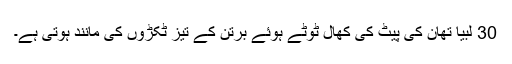
30 لبیا تھان کی پیٹ کی کھال ٹوٹے ہوئے برتن کے تیز ٹکڑوں کی مانند ہوتی ہے۔